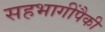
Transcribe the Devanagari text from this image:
सहभागींपैकी